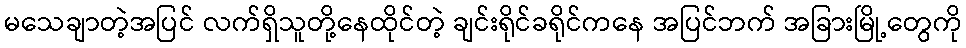
မသေချာတဲ့အပြင် လက်ရှိသူတို့နေထိုင်တဲ့ ချင်းရိုင်ခရိုင်ကနေ အပြင်ဘက် အခြားမြို့တွေကို